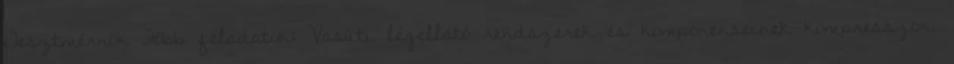
Tesztmérnök Főbb feladatok: Vasúti légellátó rendszerek és komponenseinek kompresszor,